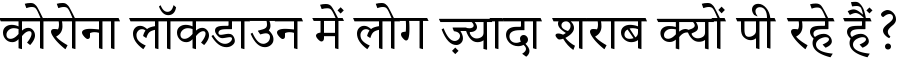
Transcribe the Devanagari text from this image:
कोरोना लॉकडाउन में लोग ज़्यादा शराब क्यों पी रहे हैं?